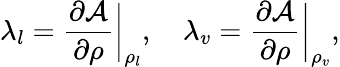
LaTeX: \lambda_{l}=\frac{\partial\mathcal{A}}{\partial\rho}\bigg\vert_{\rho_{l}},\quad\lambda_{v}=\frac{\partial\mathcal{A}}{\partial\rho}\bigg\vert_{\rho_{v}},